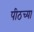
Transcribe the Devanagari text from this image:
पीठच्या